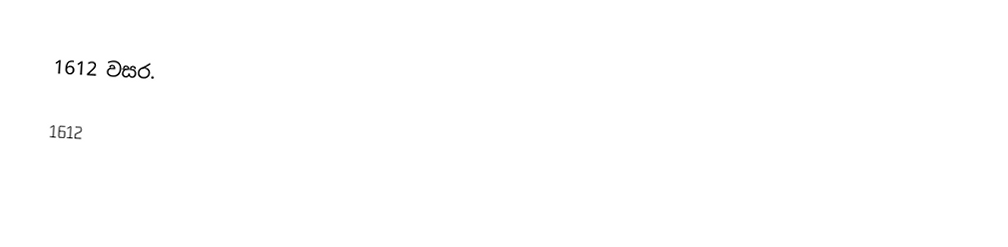
1612 වසර.

1612